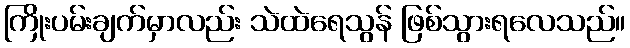
ကြိုးပမ်းချက်မှာလည်း သဲထဲရေသွန် ဖြစ်သွားရလေသည်။